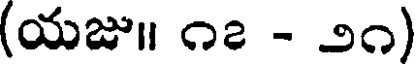
(యజు॥ ౧౭ - ౨౧)